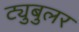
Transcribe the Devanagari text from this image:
ट्युबुलर